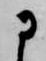
に